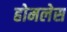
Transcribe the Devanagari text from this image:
होमलेस